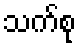
သက်စု